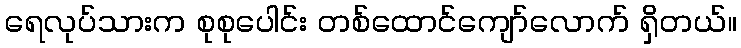
ရေလုပ်သားက စုစုပေါင်း တစ်ထောင်ကျော်လောက် ရှိတယ်။